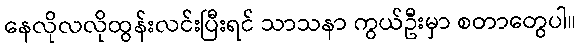
နေလိုလလိုထွန်းလင်းပြီးရင် သာသနာ ကွယ်ဦးမှာ စတာတွေပါ။